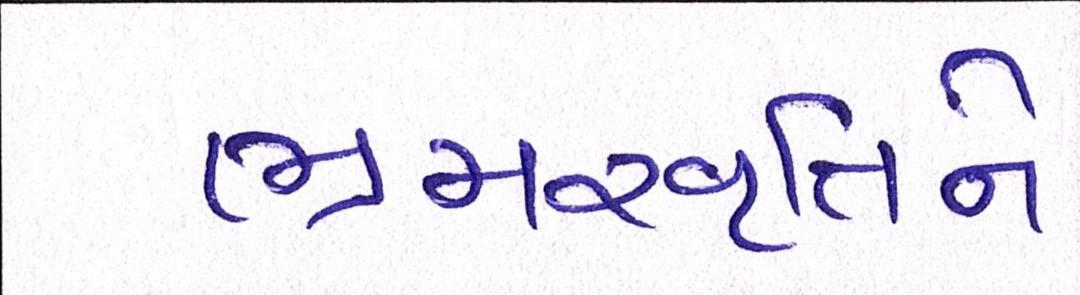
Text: ભ્રમરવૃતિને